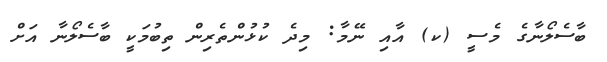
ބާސެލޯނާގެ މެސީ (ކ) އާއި ނޭމާ: މިދެ ކުޅުންތެރިން ތިބުމަކީ ބާސެލޯނާ އަށް